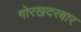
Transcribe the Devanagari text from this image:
गोरखदरबार